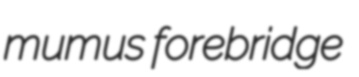
mumus forebridge